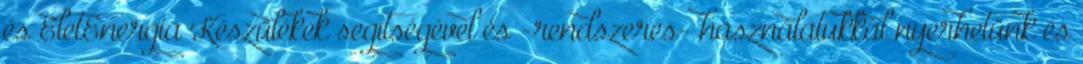
és ÉletEnergia Készülékek segítségével és -rendszeres- használatukkal nyerhetünk és